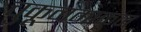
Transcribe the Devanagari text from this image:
चुकूनमाकून